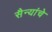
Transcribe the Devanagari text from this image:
सैन्यांचे